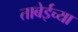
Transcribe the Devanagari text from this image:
ताबेईच्या